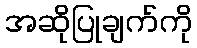
အဆိုပြုချက်ကို